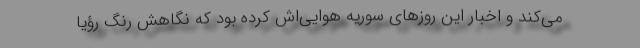
می‌کند و اخبار این روزهای سوریه هوایی‌اش کرده بود که نگاهش رنگ رؤیا